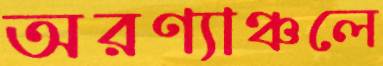
অরণ্যাঞ্চলে